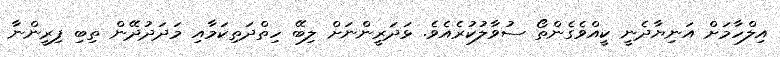
އިލްހާމަށް އަނިޔާދެނީ ކީއްވެގެންތޯ ސުވާލުކުރެއެވެ. ޅަދަރީންނަށް ލިބޭ ހިތްދަތިކަމާއި މަދަދުދޭން ތިބި ފިރީންނާ